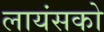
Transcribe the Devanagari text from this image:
लायंसको